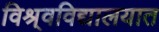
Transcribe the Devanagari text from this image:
विश्र्वविद्यालयात